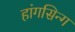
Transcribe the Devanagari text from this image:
हांगसिन्ग